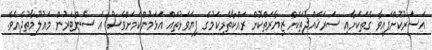
އަަސަރުކޮށްފައިވާ ގެތަކަށާއި ސަރަޚައްދުތަކަށް ޒިޔާރަތްކޮށް ރައްކާތެރިކަމުގެ ފިޔަވަޅުތައް އަޅަމުންކަމަށްވެސް އެ ސެންޓަރުން މައުލޫމާތުދެެއެވެ.